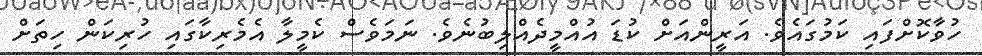
ހުވާކޮށްފައި ކަމުގައެވެ. އަރީންއަށް ކުޑަ އުއްމީދެއްލިބުނެވެ. ނަމަވެސް ކެމީލާ އެމެރިކާގައި ހުރިކަން ހިތަށް